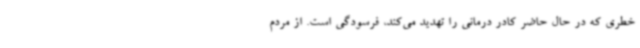
خطری که در حال حاضر کادر درمانی را تهدید می‌کند، فرسودگی است. از مردم